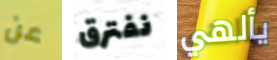
عن نفترق يألهي